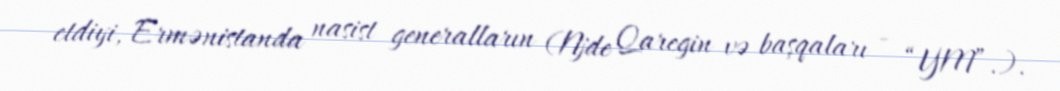
etdiyi, Ermənistanda nasist generalların (Njde Qaregin və başqaları - “YM”.).